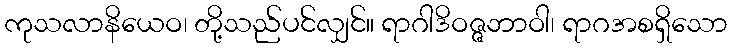
ကုသလာနိယေဝ၊ တို့သည်ပင်လျှင်။ ရာဂါဒိဝဇ္ဇဘာဝါ၊ ရာဂအစရှိသော